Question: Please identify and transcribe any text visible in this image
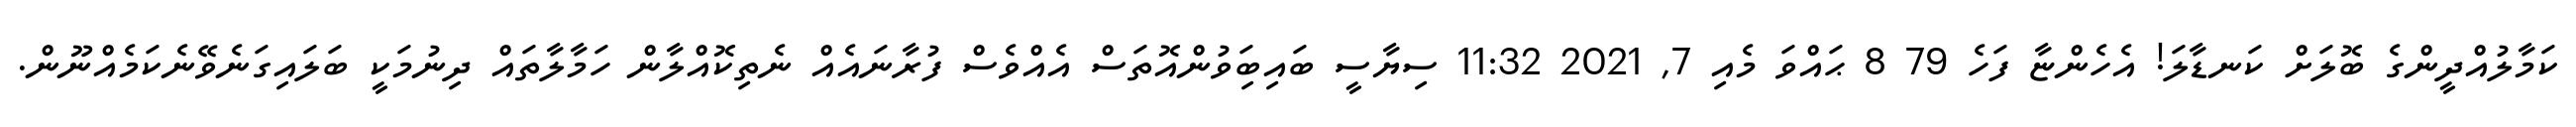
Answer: ކަމާލުއްދީންގެ ބޮލަށް ކަނޑާލަ! އެހެންޏާ ފަހެ 79 8 ޙައްވަ މެއި 7, 2021 11:32 ސިޔާސީ ބައިބަިވުންއޮތަސް އެއްވެސް ފުރާނައެއް ނެތިކޮއްލާން ހަމާލާތައް ދިނުމަކީ ބަލައިގަނެވޭނެކަމެއްނޫން.